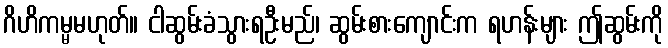
ဂိဟိကမ္မမဟုတ်။ ငါဆွမ်းခံသွားရဦးမည်၊ ဆွမ်းစားကျောင်းက ရဟန်းများ ဤဆွမ်းကို